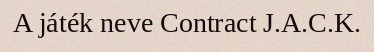
A játék neve Contract J.A.C.K.